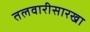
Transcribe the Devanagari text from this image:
तलवारीसारखा